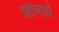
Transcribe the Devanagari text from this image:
खीचड़ो